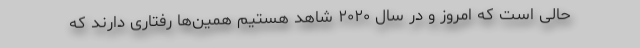
حالی است که امروز و در سال ۲۰۲۰ شاهد هستیم همین‌ها رفتاری دارند که